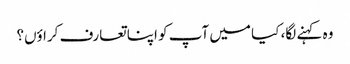
وہ کہنے لگا، کیا میں آپ کو اپنا تعارف کراؤں؟